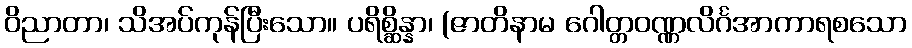
ဝိညာတာ၊ သိအပ်ကုန်ပြီးသော။ ပရိစ္ဆိန္နာ၊ (ဇာတိနာမ ဂေါတ္တဝဏ္ဏလိင်္ဂအာကာရစသော